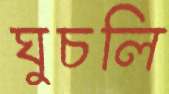
ঘুচলি